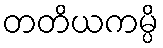
တတိယကမ္ပိ